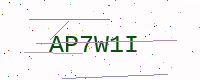
Text: AP7W1I